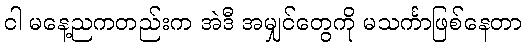
ငါ မနေ့ညကတည်းက အဲဒီ အမျှင်တွေကို မသင်္ကာဖြစ်နေတာ